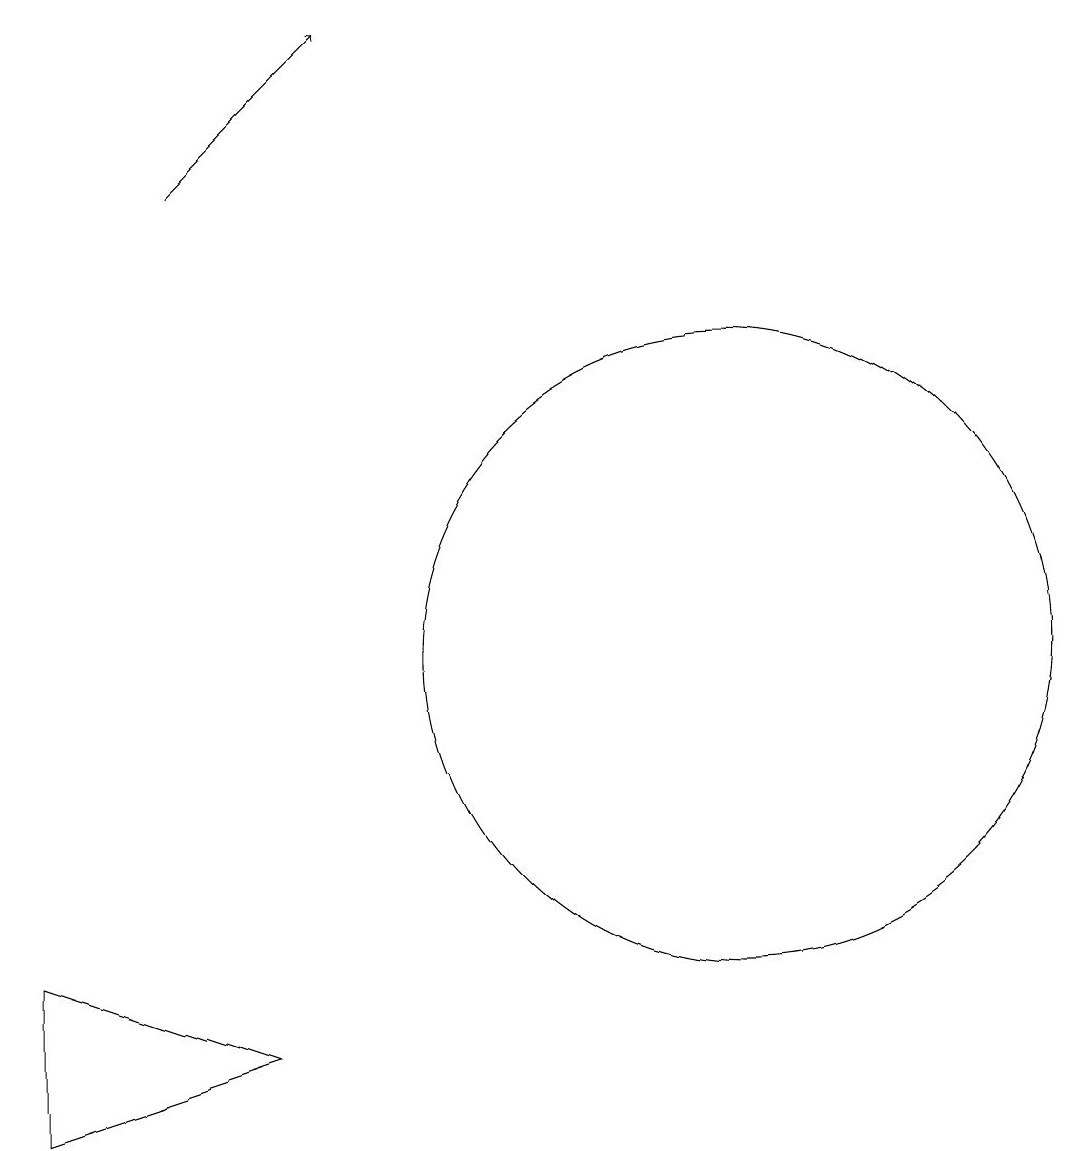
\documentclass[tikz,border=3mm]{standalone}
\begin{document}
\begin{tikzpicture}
\draw (12,11) circle (4);
\draw[->] (5,17) -- (7,19);
\draw (3,5) -- (3,7) -- (6,6) -- cycle;
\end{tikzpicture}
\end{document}